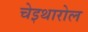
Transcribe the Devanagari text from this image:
चेइथारोल